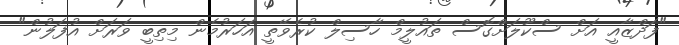
"ފަދްޒާއީ އަށް ސްކޫލަށްގޮސް ތައުލީމް ހާސިލް ކުރެވޭތީ އަހަރުމެން މިތިބީ ވަރަށް އުފަލުން"